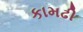
કામઢી